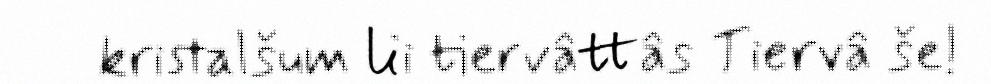
kristalšum lii tiervâttâs Tiervâ še!